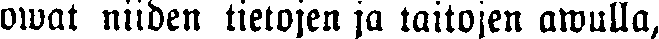
owat niiden tietojen ja taitojen awulla,